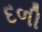
દળી